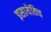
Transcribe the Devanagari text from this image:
इसायेविच